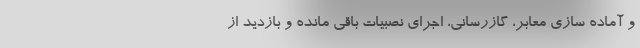
و آماده سازی معابر، گازرسانی، اجرای نصبیات باقی مانده و بازدید از